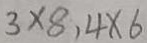
3 \times 8 , 4 \times 6